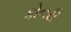
કોનરી